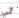
لي